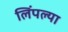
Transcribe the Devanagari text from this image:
लिंपल्या